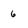
Character: 6